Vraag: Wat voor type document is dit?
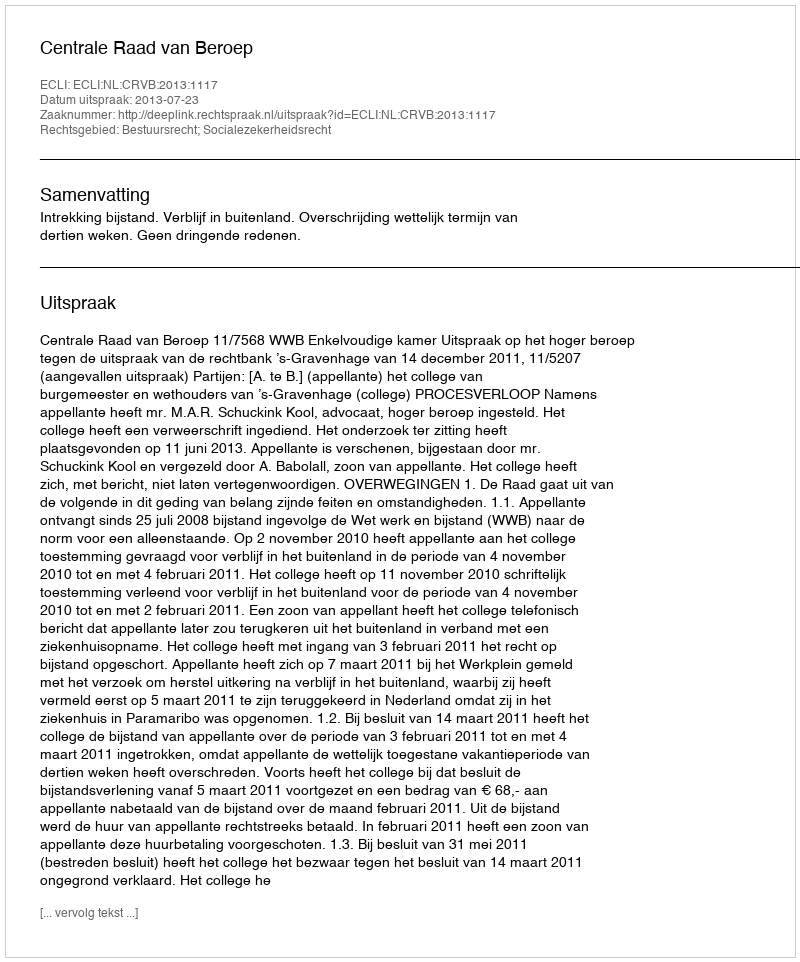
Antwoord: Uitspraak